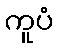
ကူပံ